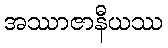
အဿာဇာနီယဿ